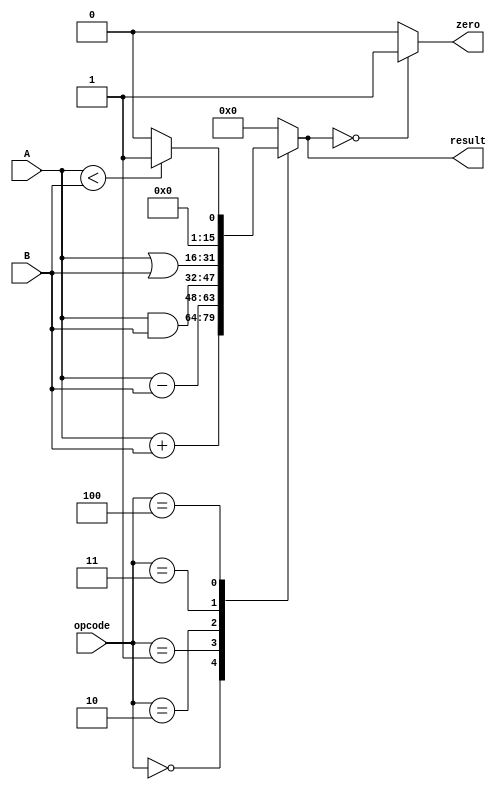
`timescale 1ns / 1ps

module ALU_16bit(       
      input          [15:0]     A,           
      input          [15:0]     B,           
      input          [2:0]     opcode,       
      output     reg     [15:0]     result,                 
      output zero  
   );  
 always @(*)  
 begin   
      case(opcode)  
      3'b000: result = A + B; 
      3'b001: result = A - B;   
      3'b010: result = A & B;   
      3'b011: result = A | B;  
      3'b100: result =(A < B) ? 1'b1: 1'b0;  
      default:result = 1'b0;   
      endcase  
 end  
 assign zero = (result==16'd0) ? 1'b1: 1'b0;  
 endmodule